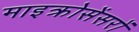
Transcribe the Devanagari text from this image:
माइक्रोसेंसरों